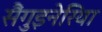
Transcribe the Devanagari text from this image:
सैंगुइनेरिया